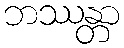
ဘဿန္တာ